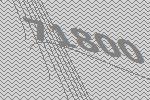
71800